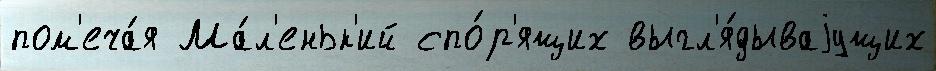
пом'еча́я Ма́л'еньк'ий спо́р'ящих выгл'я́дываjущих